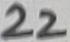
Text: 22